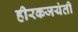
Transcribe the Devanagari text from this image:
हीरकजयंती